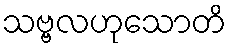
သဗ္ဗလဟုသောတိ